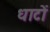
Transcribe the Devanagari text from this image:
धाटों